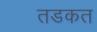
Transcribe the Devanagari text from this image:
तडकत